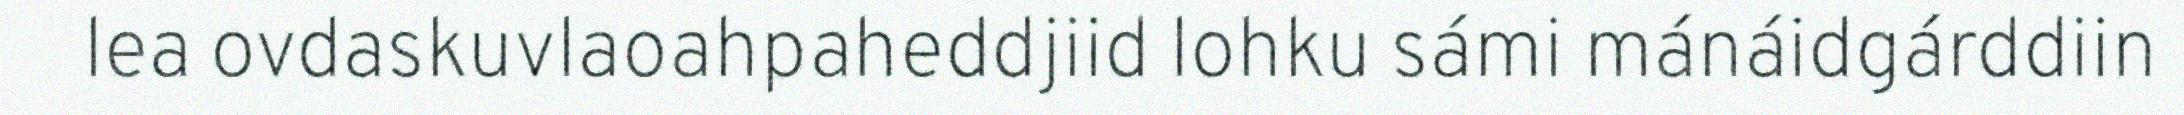
lea ovdaskuvlaoahpaheddjiid lohku sámi mánáidgárddiin